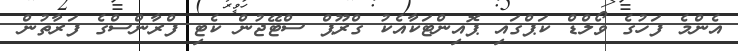
އެންމެ ފަހުގެ ވޯލްޑް ކަޕްގައި ޕޮއިންޓަކާއެކު ގްރޫޕް ސްޓޭޖުން ކެޓި ފްރާންސްގެ ފަރާތުން